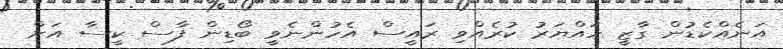
އަނެއްކެޑުން ގާޒީ ހައްޔަރު ކުރެއްވި ރައީސް އެހުންނެވީ ބޯޑިން ފާސް ކީސާ އަށް